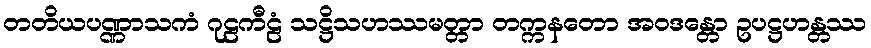
တတိယပဏ္ဏာသကံ ဂုဠကီဠံ သဋ္ဌိသဟဿမတ္တာ တက္ကနတော အဝဒန္တော ဥပဋ္ဌဟန္တဿ